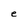
Character: e